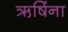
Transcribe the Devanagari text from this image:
ऋषिंना